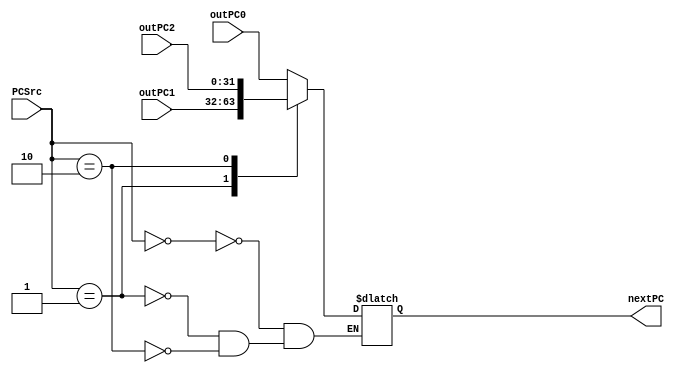
`timescale 1ns / 1ps

module NextPC(
    input [31:0] outPC0,
    input [31:0] outPC1,
    input [31:0] outPC2,
    input [1:0] PCSrc,
    output reg [31:0] nextPC
);
    initial nextPC <= 0;
    always@(PCSrc or outPC0 or outPC1 or outPC2)
    begin
        case(PCSrc)
            2'b00: nextPC = outPC0;
            2'b01: nextPC = outPC1;
            2'b10: nextPC = outPC2;
            //default nextPC = 0;
        endcase
    end
endmodule